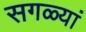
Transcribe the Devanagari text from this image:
सगळ्यां